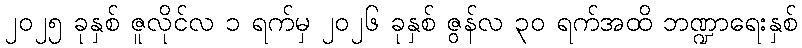
၂၀၂၅ ခုနှစ် ဇူလိုင်လ ၁ ရက်မှ ၂၀၂၆ ခုနှစ် ဇွန်လ ၃၀ ရက်အထိ ဘဏ္ဍာရေးနှစ်